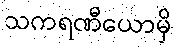
သကရဏီယောမှိ